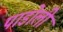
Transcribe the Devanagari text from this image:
पाडोली